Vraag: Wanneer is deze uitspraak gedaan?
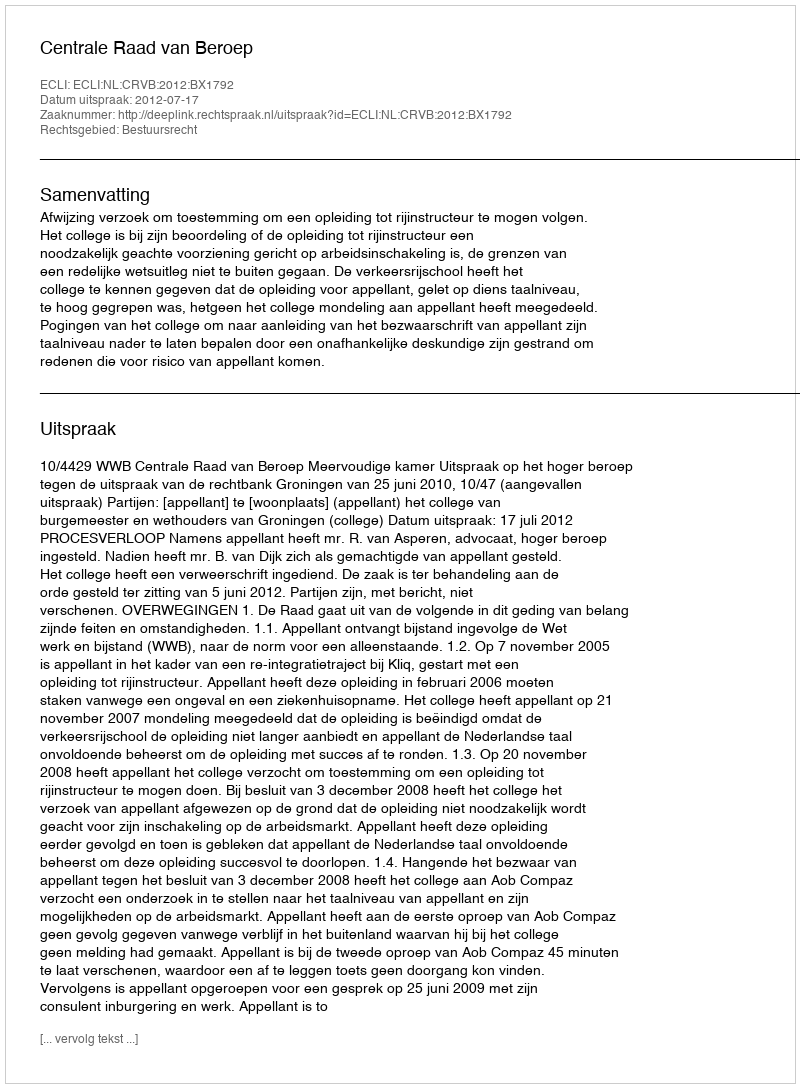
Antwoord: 2012-07-17